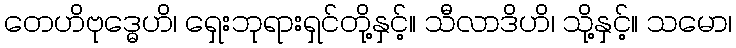
တေဟိဗုဒ္ဓေဟိ၊ ရှေးဘုရားရှင်တို့နှင့်။ သီလာဒိဟိ၊ သို့နှင့်။ သမော၊